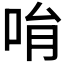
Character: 𠱝